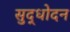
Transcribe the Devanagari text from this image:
सुद्धोदन